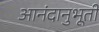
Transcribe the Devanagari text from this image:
आनंदानुभूती